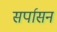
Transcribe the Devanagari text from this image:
सर्पासन